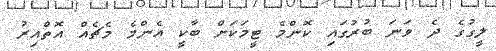
ލީގުގެ ދެ ވަނަ ބުރުގައި ކޮންމެ ޓީމަކަށް ބާކީ އެންމެ މެޗެއް އޮތްއިރު